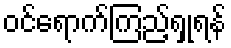
ဝင်ရောက်ကြည့်ရှုရန်